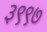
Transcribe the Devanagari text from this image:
३९९७